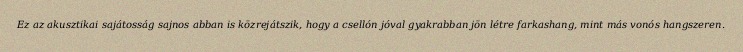
Ez az akusztikai sajátosság sajnos abban is közrejátszik, hogy a csellón jóval gyakrabban jön létre farkashang, mint más vonós hangszeren.